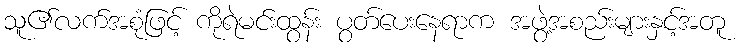
သူ၏လက်အစုံဖြင့် ကိုရဲမင်းထွန်း ပွတ်ပေးနေရာက အဖွဲ့အစည်းများနှင့်အတူ